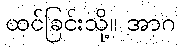
ထင်ခြင်းသို့။ အာဂ